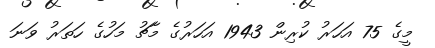
މީގެ 75 އަހަރު ކުރިން 1943 އަހަރުގެ މާޗު މަހުގެ ހަތަރު ވަނަ